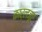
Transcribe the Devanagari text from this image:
कार्लज़ूए